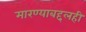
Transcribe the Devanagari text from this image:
मारण्याबद्दलही